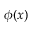
\phi ( x )